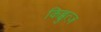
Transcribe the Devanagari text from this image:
किब्बुत्ज़